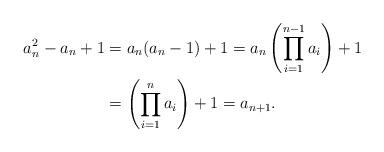
LaTeX: \begin{align*}a_n^2 - a_n + 1 & = a_n(a_n-1) + 1 = a_n \left( \prod_{i=1}^{n-1} a_i \right) + 1 \\& = \left( \prod_{i=1}^n a_i \right) + 1 = a_{n+1}.\end{align*}